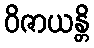
ဝိဇာယန္တိ